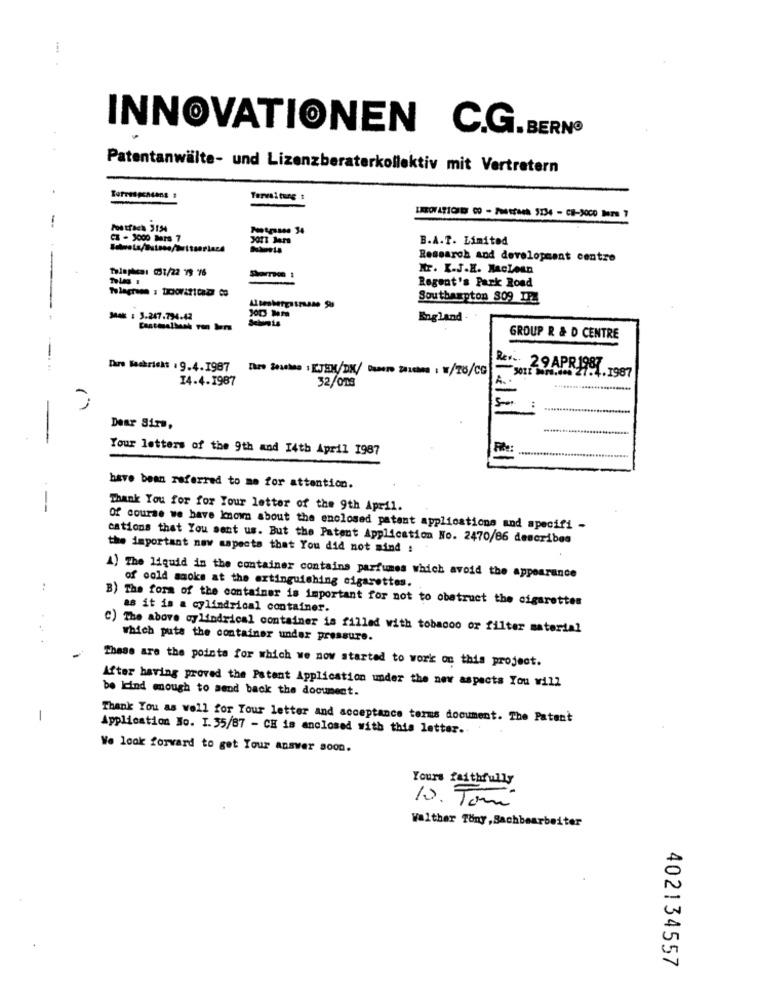
INNOVATIONEN C.G.BERNO
Patentanwälte- und Lizenzberaterkollektiv mit Vertretern
Tervoiture t
INTON ATIONDE CO - Postfach 5134 - CB-9000 bers 7
--
Postfach 3154
Pastrasse 34
CZ - 3000 BIS 7
B.A.T. Limited
Research and development centre
Tolaphen: 001/22 79 76
Nr. K.J.H. Maclean
Sharron #
Regent's Park Road
Southampton 809 IP
Mak : 3.247.794.42
England -
GROUP R & D CENTRE
Dare Beskricht .9.4.1987 Ihre Seushne : KJEM/DK/ banere zaichms : W/To/CG
29 APR 1987
Word.les 27.4.1987
14.4.1987
32/013
()
Dear Sirs,
Your letters of the 9th and 14th April 1987
have been referred to me for attention.
--
Thank You for for Your letter of the 9th April.
Of course we have known about the enclosed patent applications and specifi -
cations that You sent us. But the Patent Application No. 2470/86 describes
the important naw aspects that You did not sind :
A) The liquid in the container contains parfumes which avoid the appearance
of cold maoks at the extinguishing cigarettes.
B) The form of the container is important for not to obstruct the cigarettes
as it is a cylindrical container.
C) The above cylindrical container is filled with tobacco or filter material
which puts the container under pressure.
These are the points for which we now started to work on this project.
After having proved the Patent Application under the new aspects You will
be kind mough to send back the document.
1
Thank You as well for Tour letter and acceptance terms document. The Patent
Application No. I. 35/87 - CH is anclosed with this letter.
We look forward to get Your answer soon.
Yours faithfully
10. Tomé
Walther Tony, Sachbearbeiter
402134557